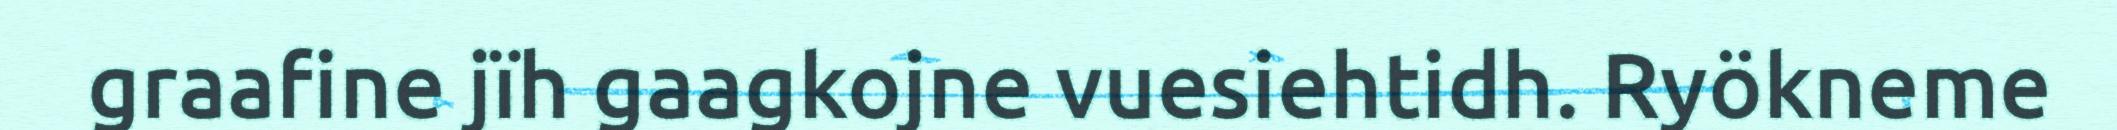
graafine jïh gaagkojne vuesiehtidh. Ryökneme